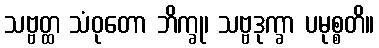
သဗ္ဗတ္ထ သံဝုတော ဘိက္ခု၊ သဗ္ဗဒုက္ခာ ပမုစ္စတိ။